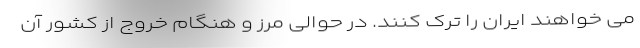
می خواهند ایران را ترک کنند. در حوالی مرز و هنگام خروج از کشور آن